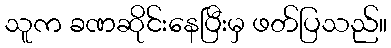
သူက ခဏဆိုင်းနေပြီးမှ ဖတ်ပြသည်။